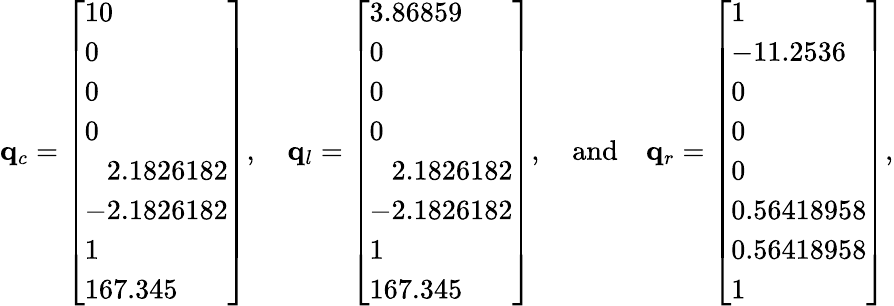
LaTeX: \mathbf{q}_{c}=\left[\begin{array}{l}{10}\\ {0}\\ {0}\\ {0}\\ {\phantom{-}2.1826182}\\ {-2.1826182}\\ {1}\\ {167.345}\end{array}\right],\quad\mathbf{q}_{l}=\left[\begin{array}{l}{3.86859}\\ {0}\\ {0}\\ {0}\\ {\phantom{-}2.1826182}\\ {-2.1826182}\\ {1}\\ {167.345}\end{array}\right],\quad\mathrm{and}\quad\mathbf{q}_{r}=\left[\begin{array}{l}{1}\\ {-11.2536}\\ {0}\\ {0}\\ {0}\\ {0.56418958}\\ {0.56418958}\\ {1}\end{array}\right],